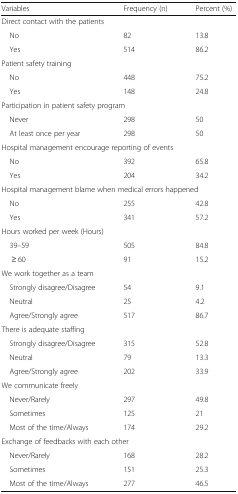
<table><thead><tr><td><b>Variables</b></td><td><b>Frequency (n)</b></td><td><b>Percent (%)</b></td></tr></thead><tbody><tr><td colspan="3">Direct contact with the patients</td></tr><tr><td> No</td><td>82</td><td>13.8</td></tr><tr><td> Yes</td><td>514</td><td>86.2</td></tr><tr><td colspan="3">Patient safety training</td></tr><tr><td> No</td><td>448</td><td>75.2</td></tr><tr><td> Yes</td><td>148</td><td>24.8</td></tr><tr><td colspan="3">Participation in patient safety program</td></tr><tr><td> Never</td><td>298</td><td>50</td></tr><tr><td> At least once per year</td><td>298</td><td>50</td></tr><tr><td colspan="3">Hospital management encourage reporting of events</td></tr><tr><td> No</td><td>392</td><td>65.8</td></tr><tr><td> Yes</td><td>204</td><td>34.2</td></tr><tr><td colspan="3">Hospital management blame when medical errors happened</td></tr><tr><td> No</td><td>255</td><td>42.8</td></tr><tr><td> Yes</td><td>341</td><td>57.2</td></tr><tr><td colspan="3">Hours worked per week (Hours)</td></tr><tr><td> 39–59</td><td>505</td><td>84.8</td></tr><tr><td>≥ 60</td><td>91</td><td>15.2</td></tr><tr><td colspan="3">We work together as a team</td></tr><tr><td> Strongly disagree/Disagree</td><td>54</td><td>9.1</td></tr><tr><td> Neutral</td><td>25</td><td>4.2</td></tr><tr><td> Agree/Strongly agree</td><td>517</td><td>86.7</td></tr><tr><td colspan="3">There is adequate staffing</td></tr><tr><td> Strongly disagree/Disagree</td><td>315</td><td>52.8</td></tr><tr><td> Neutral</td><td>79</td><td>13.3</td></tr><tr><td> Agree/Strongly agree</td><td>202</td><td>33.9</td></tr><tr><td colspan="3">We communicate freely</td></tr><tr><td> Never/Rarely</td><td>297</td><td>49.8</td></tr><tr><td> Sometimes</td><td>125</td><td>21</td></tr><tr><td> Most of the time/Always</td><td>174</td><td>29.2</td></tr><tr><td colspan="3">Exchange of feedbacks with each other</td></tr><tr><td> Never/Rarely</td><td>168</td><td>28.2</td></tr><tr><td> Sometimes</td><td>151</td><td>25.3</td></tr><tr><td> Most of the time/Always</td><td>277</td><td>46.5</td></tr></tbody></table>